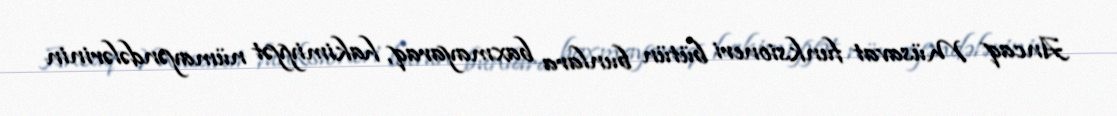
Ancaq Müsavat funksioneri bütün bunlara baxmayaraq, hakimiyyət nümayəndələrinin